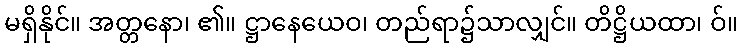
မရှိနိုင်။ အတ္တနော၊ ၏။ ဋ္ဌာနေယေဝ၊ တည်ရာ၌သာလျှင်။ တိဋ္ဌိယထာ၊ ဝ်။